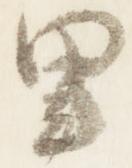
里